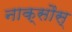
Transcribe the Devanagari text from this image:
नाक्सौस्